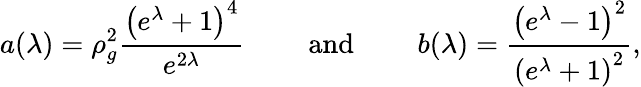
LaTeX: a(\lambda)=\rho_{g}^{2}\frac{\left(e^{\lambda}+1\right)^{4}}{e^{2\lambda}}\qquad\mathrm{~and~}\qquad b(\lambda)=\frac{\left(e^{\lambda}-1\right)^{2}}{\left(e^{\lambda}+1\right)^{2}},